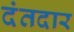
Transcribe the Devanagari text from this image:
दंतदार